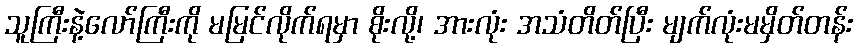
သူကြီးနဲ့လော်ကြီးကို မမြင်လိုက်ရမှာ စိုးလို့၊ အားလုံး အသံတိတ်ပြီး မျက်လုံးမမှိတ်တန်း